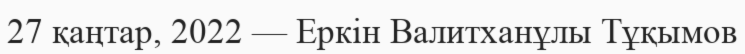
27 қаңтар, 2022 — Еркін Валитханұлы Тұқымов